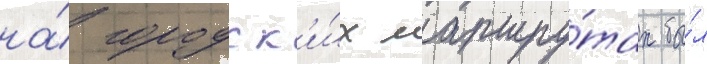
на́ городск'и́х маршру́тах бы́л